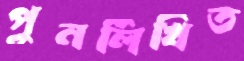
পুনর্লিখিত